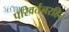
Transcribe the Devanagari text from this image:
परिवर्तनरहित